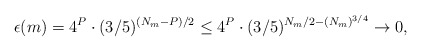
\begin{align*}\epsilon(m) = 4^P \cdot (3/5)^{(N_m - P)/2} \leq 4^P \cdot (3/5)^{N_m/2 - (N_m)^{3/4}} \to 0,\end{align*}